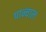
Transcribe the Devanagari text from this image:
पान्चाल